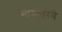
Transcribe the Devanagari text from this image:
मास्कारेने